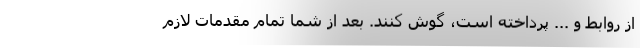
از روابط و ... پرداخته است، گوش کنند. بعد از شما تمام مقدمات لازم